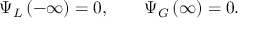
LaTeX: \Psi _ { L } \left( - \infty \right) = 0 , \qquad \Psi _ { G } \left( \infty \right) = 0 .